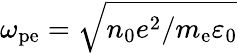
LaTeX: \omega_{\mathrm{pe}}=\sqrt{n_{0}e^{2}/m_{\mathrm{e}}\varepsilon_{0}}